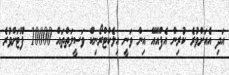
އަދި އެއަށްވުރެ ކުރިން އެފްއޭއޭ އިން ވަނީ އިލެކްޓްރޯނިކް ވަސީލަތްތައް 10000 ފޫޓަށްވުރެ